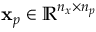
\mathbf { x } _ { p } \in \mathbb { R } ^ { n _ { x } \times n _ { p } }